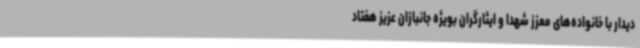
دیدار با خانواده‌های معزز شهدا و ایثارگران بویژه جانبازان عزیز هفتاد